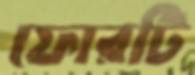
ফোরটি